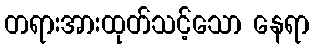
တရားအားထုတ်သင့်သော နေရာ